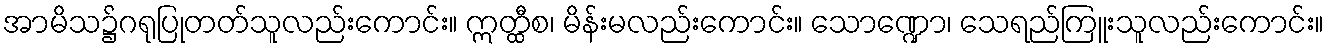
အာမိသ၌ဂရုပြုတတ်သူလည်းကောင်း။ ဣတ္ထီစ၊ မိန်းမလည်းကောင်း။ သောဏ္ဍော၊ သေရည်ကြူးသူလည်းကောင်း။